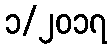
၁/၂၀၁၇